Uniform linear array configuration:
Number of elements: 16
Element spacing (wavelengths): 0.75
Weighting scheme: uniform
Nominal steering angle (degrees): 30
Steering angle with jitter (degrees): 29.063
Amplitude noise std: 0.05
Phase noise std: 0.05

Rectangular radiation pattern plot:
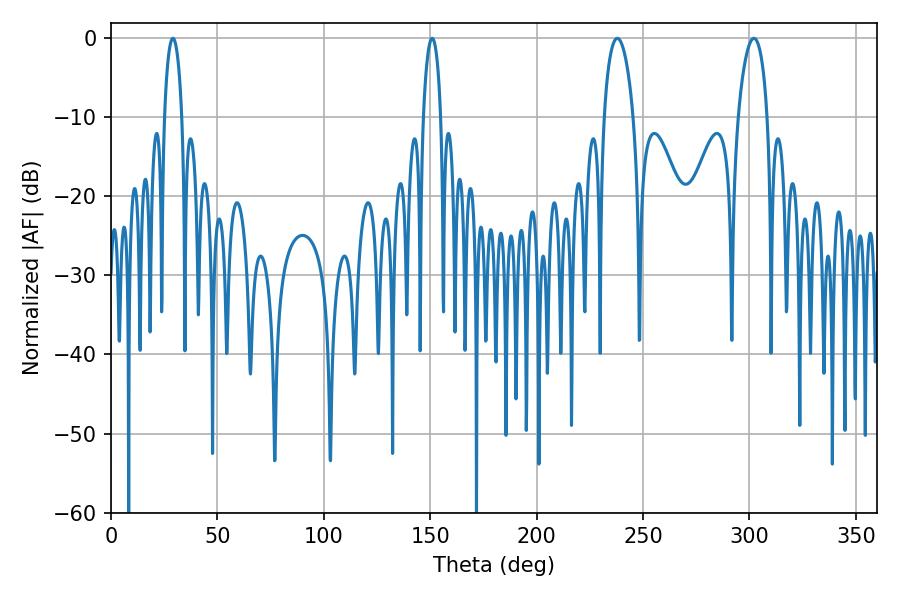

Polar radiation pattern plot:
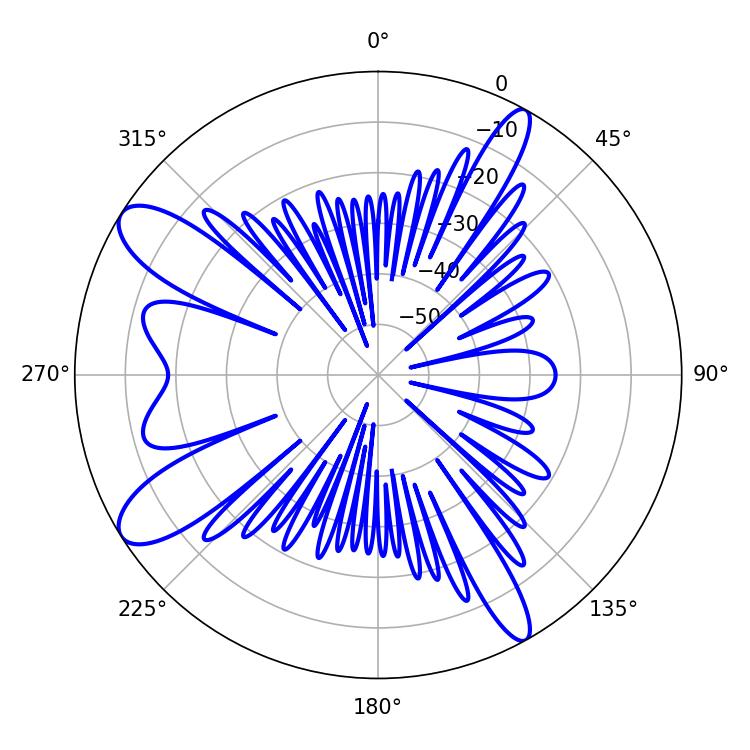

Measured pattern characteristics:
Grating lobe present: TRUE
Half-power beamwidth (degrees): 7.92
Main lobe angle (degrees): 237.96